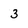
Character: 3